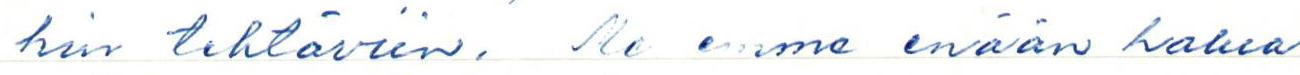
hin tehtäviin. Me emme enään halua